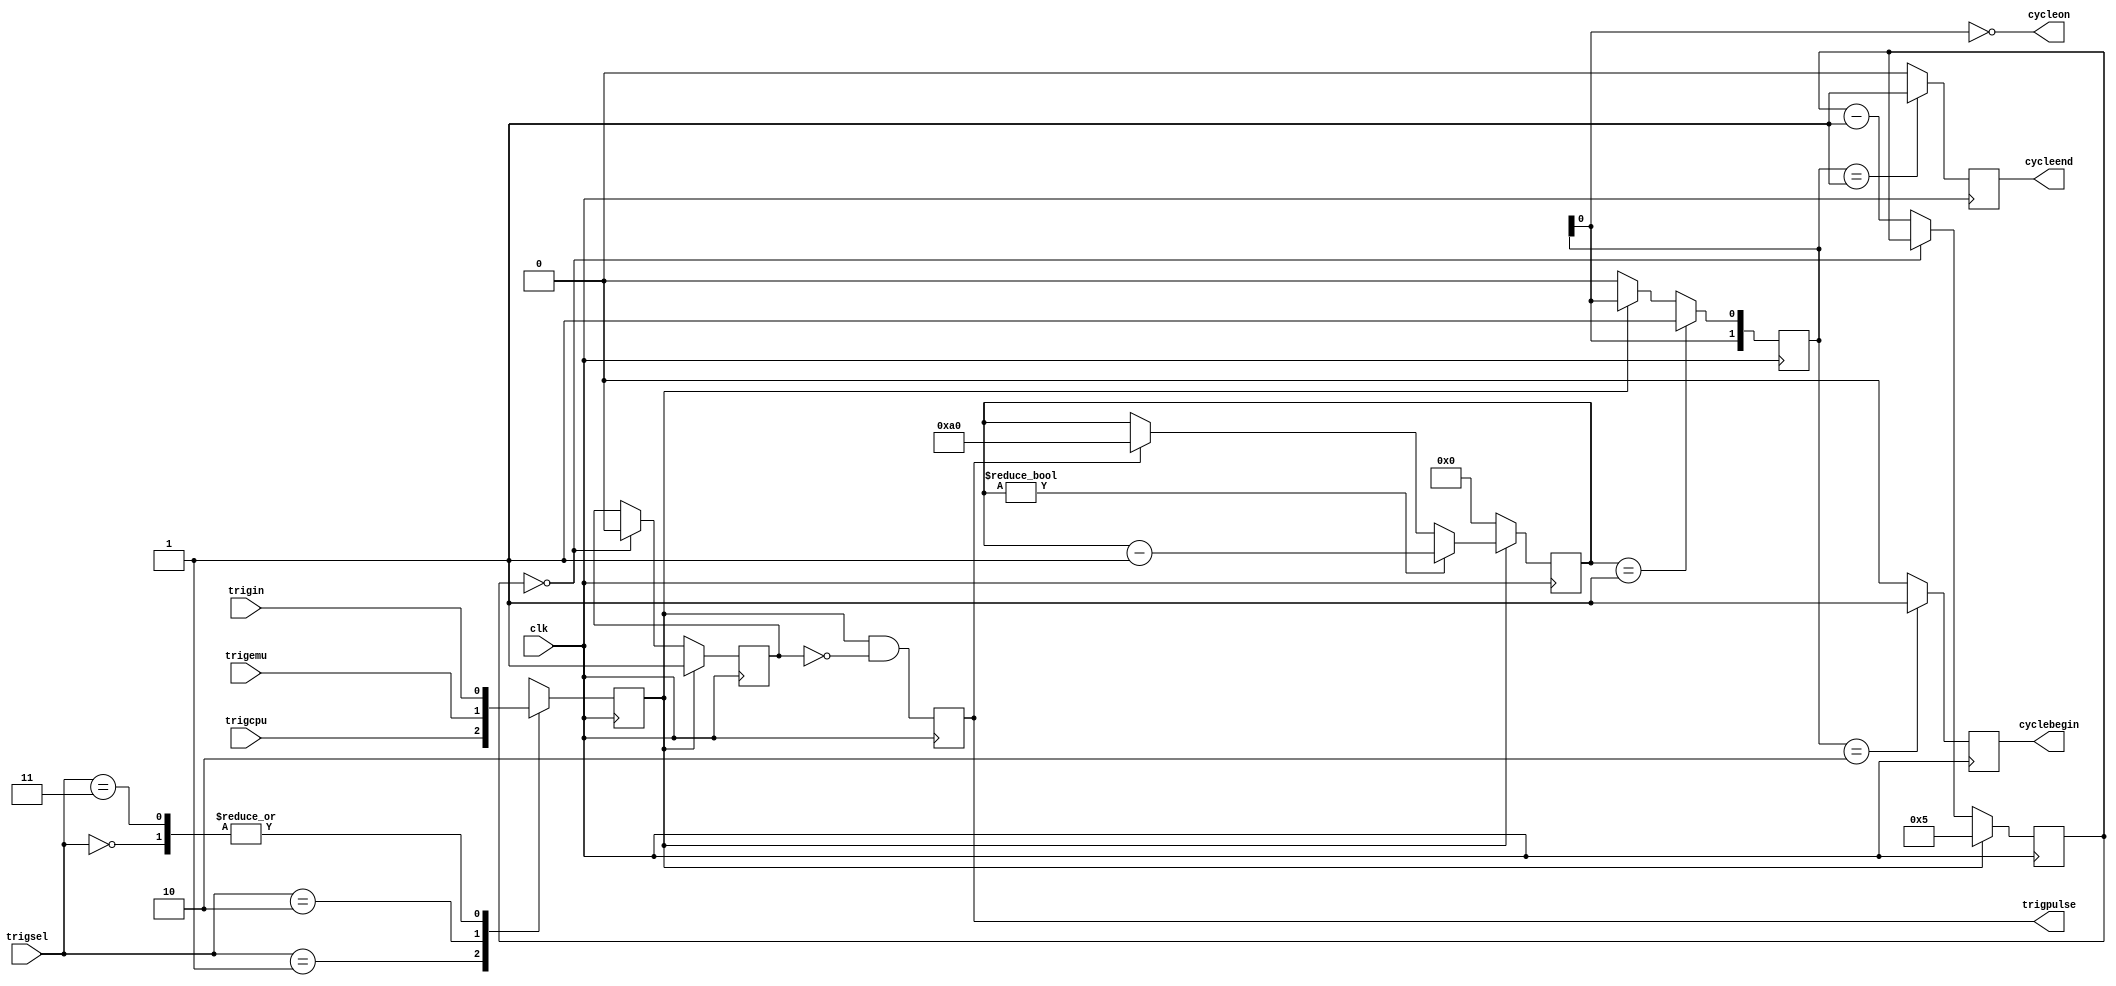
`timescale 1ns / 1ps
//////////////////////////////////////////////////////////////////////////////////
// Company: ITEP
// 
// Design Name:    timecnt
// Module Name:    trigger 
// Project Name:   drift4spascharm
// Target Devices: xc3s400-4pq208
// Tool versions: 
// Description:		Make trigger and cycle pulses. Block triggers for 300 ns
//					A long (> 1 us) trigger pulse is consdered as a cycle.
//					It will produce 3 short pulses: at the begin (trigpulse), 
//					1 us after its begin (cycleend)
//					and after its end (cyclebegin)
//
// Dependencies: 
//
// Revision: 
// Revision 0.01 - File Created
// Additional Comments: 
//
//////////////////////////////////////////////////////////////////////////////////
module trigger(
    input clk,			// 160 MHz clock
    input trigin,		// main input trigger
    input trigcpu,	// trigger from CPU (debug)
	 input trigemu,	// trigger emulator
	 input [1:0] trigsel,		// trgigger selector from register
    output reg trigpulse = 0,	// 1 clk trigger pulse
    output reg cycleend = 0,	// end of cycle signal 1 clk
	 output reg cyclebegin = 0,// begin of cycle signal 1 clk
	 output cycleon
    );

	parameter BLKCOUNT = 5;

	reg trigmux = 0;
	reg trigblock = 0;
	reg [5:0] blkcnt = 0;
	reg [7:0] uscnt = 0;
	reg [1:0] cycle = 0;
	
	assign cycleon = !cycle[0];

	always @(posedge clk) begin
		// input multiplexer
		case (trigsel)
         2'b00: trigmux <= trigin;
         2'b01: trigmux <= trigcpu;
         2'b10: trigmux <= trigemu;
         2'b11: trigmux <= trigin;
      endcase
		// trigger block
		if (trigmux) begin
			trigblock <= 1;
			blkcnt <= BLKCOUNT;
		end else if (blkcnt == 0) begin
			trigblock <= 0;
		end else begin
			blkcnt <= blkcnt - 1;
		end
		// trigger pulse
		trigpulse <= trigmux & (!trigblock);
		// 1 us counter and cycle
		if (trigpulse) begin
			uscnt <= 160;
		end
		if (!trigmux) begin
			uscnt <= 0;
			cycle[0] <= 0;
		end else if (uscnt != 0) begin
			uscnt <= uscnt - 1;
		end 
		if (uscnt == 1) begin
			cycle[0] <= 1;
		end
		cycle[1] <= cycle[0];
		cycleend <= 0;
		cyclebegin <= 0;
		case (cycle)
		2'b01  : begin
				 cycleend <= 1;
                 end
        2'b10  : begin
				 cyclebegin <= 1;
                 end
        default: begin
                 end
        endcase
	end



endmodule